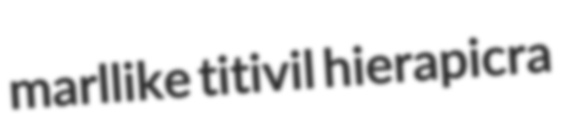
marllike titivil hierapicra